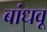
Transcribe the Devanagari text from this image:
बांधवू